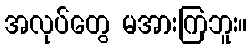
အလုပ်တွေ မအားကြဘူး။